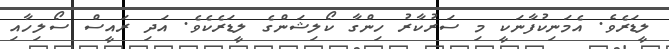
ލީޑަރެވެ. އެމަނިކުފާނަކީ މި ސަރުކާރު ހިންގާ ކޯލިޝަންގެ ލީޑަރެކެވެ. އަދި ރައީސް ސޯލިހާއި